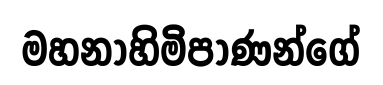
මහනාහිමිපාණන්ගේ